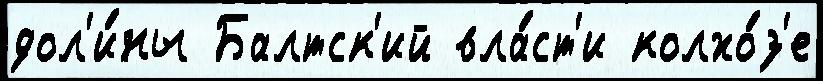
дол'и́ны Балтск'ий вла́ст'и колхо́з'е